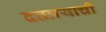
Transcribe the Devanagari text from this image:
दत्तत्रयाची